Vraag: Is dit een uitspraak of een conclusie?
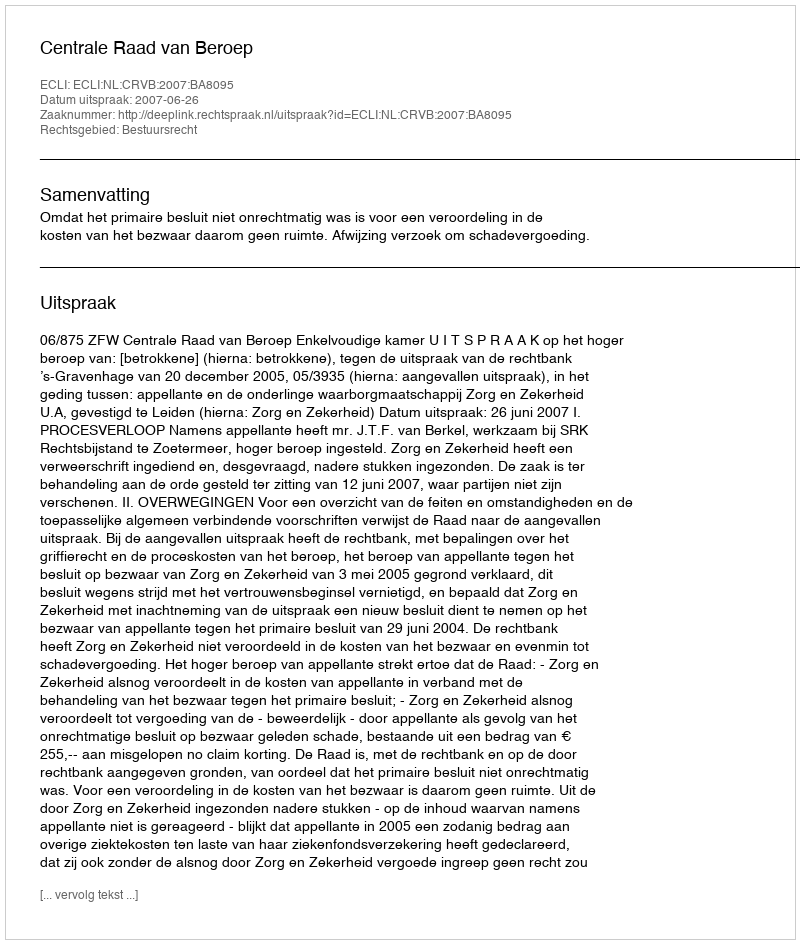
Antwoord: Uitspraak